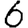
Digit: 6